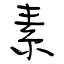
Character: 素